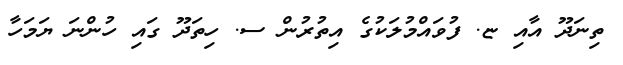
ތިނަދޫ އާއި ޏ. ފުވައްމުލަކުގެ އިތުރުން ސ. ހިތަދޫ ގައި ހުންނަ ޔަމަހާ